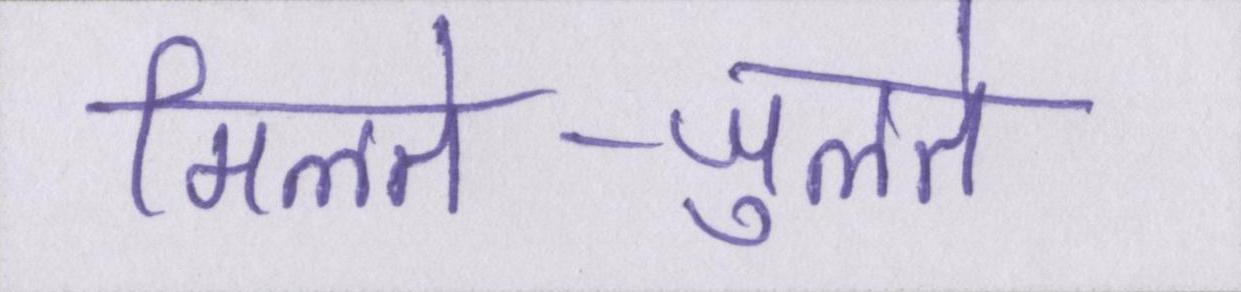
मिलते-जुलते